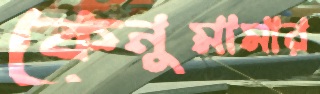
কেনুমামার